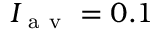
I _ { \mathrm { ~ a ~ v ~ } } = 0 . 1